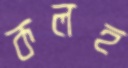
কলহ